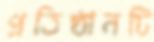
প্রতিষ্ঠানটি